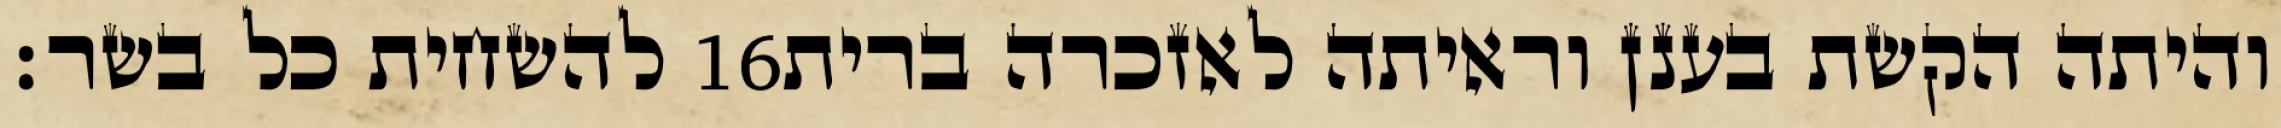
להשחית כל בשר׃ ‎16‏ והיתה הקשת בענן וראיתה לאזכרה ברית